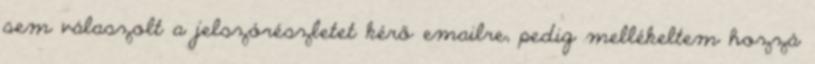
sem válaszolt a jelszórészletet kérő emailre, pedig mellékeltem hozzá